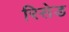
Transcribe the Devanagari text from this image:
रिसेड